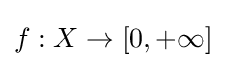
f:X\to [0,+\infty ]